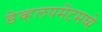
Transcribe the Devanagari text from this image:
डेव्हलपमेंटमध्ये